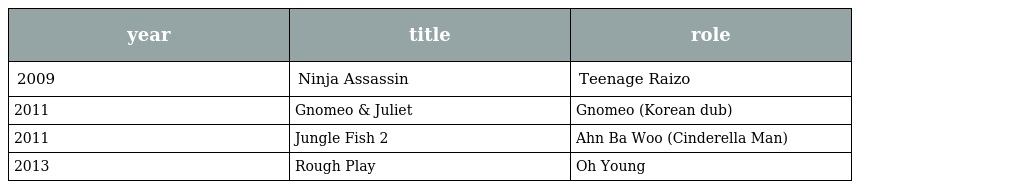
| year | title | role |
 | --- | --- | --- |
 | 2009 | Ninja Assassin | Teenage Raizo |
 | 2011 | Gnomeo & Juliet | Gnomeo (Korean dub) |
 | 2011 | Jungle Fish 2 | Ahn Ba Woo (Cinderella Man) |
 | 2013 | Rough Play | Oh Young |